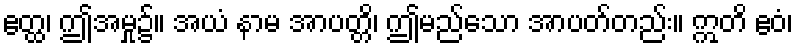
ဧတ္ထ၊ ဤအမှု၌။ အယံ နာမ အာပတ္တိ၊ ဤမည်သော အာပတ်တည်း။ ဣတိ ဧဝံ၊